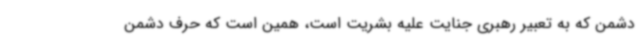
دشمن که به تعبیر رهبری جنایت علیه بشریت است، همین است که حرف دشمن